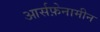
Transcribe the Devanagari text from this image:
आर्सफ़ेनामीन